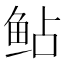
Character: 鲇